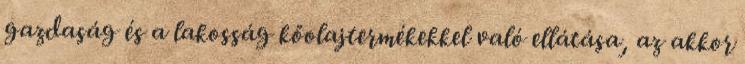
gazdaság és a lakosság kőolajtermékekkel való ellátása, az akkor